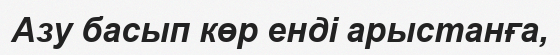
Азу басып көр енді арыстанға,